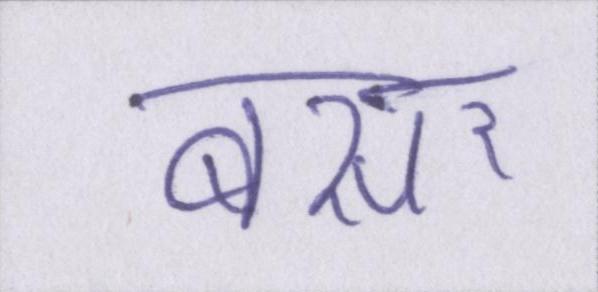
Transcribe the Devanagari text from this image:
बसर